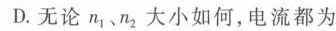
D.无论n_{1}、n_{2}大小如何，电流都为